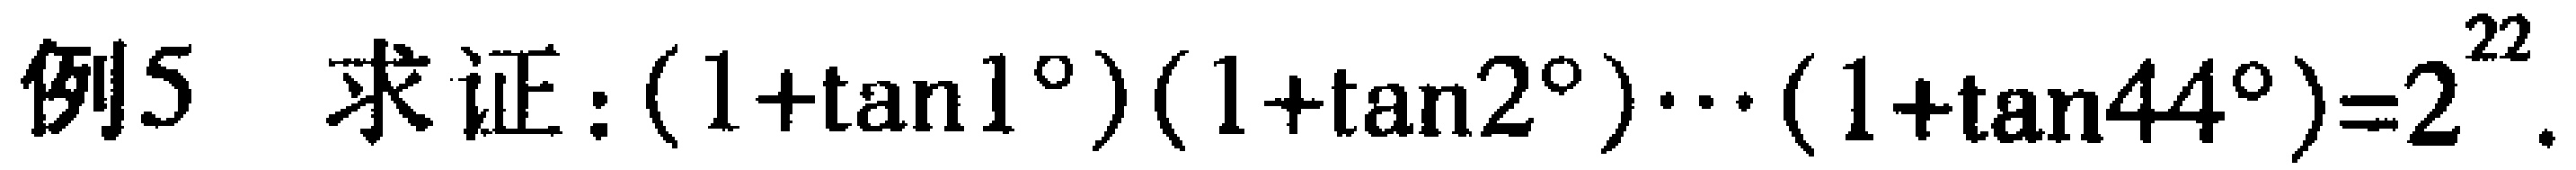
例5 求证：\((1 + \tan1^{\circ})(1 + \tan2^{\circ})\cdots(1 + \tan44^{\circ}) = 2^{22}\).